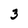
Character: 3